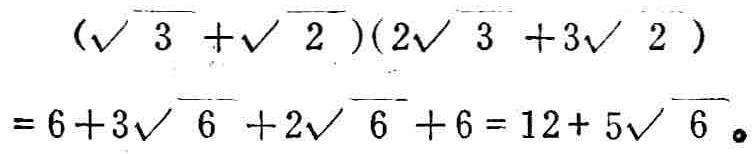
\((\sqrt{3}+\sqrt{2})(2\sqrt{3}+3\sqrt{2}) = 6 + 3\sqrt{6}+2\sqrt{6}+6=12 + 5\sqrt{6}\)